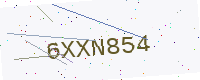
Text: 6XXN854